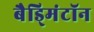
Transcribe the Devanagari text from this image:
बैड्मिंटॉन